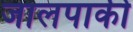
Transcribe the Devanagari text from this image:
जालपाकी